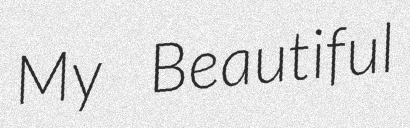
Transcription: My Beautiful